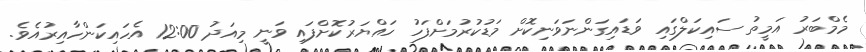
މެމްބަރު އަމީތު ސައިކަލްގައި ވަޑައިގަންނަވަނިކޮށް މަޑުކުރުމަށްފަހު ހައްޔަރުކޮށްފައި ވަނީ މިއަދު 12:00 އެހައިކަންހާއިރުއެވެ.